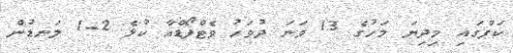
ކަޕްގައި މިދިޔަ މަހުގެ 13 ވަނަ ދުވަހު ވެޓްފޯޑްއާ ކުޅެ 2-1 ލަނޑުން